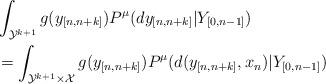
LaTeX: \begin{align*}&\int_{\mathcal{Y}^{k+1}}g(y_{[n,n+k]})P^{\mu}(dy_{[n,n+k]}|Y_{[0,n-1]}) \\&=\int_{\mathcal{Y}^{k+1}\times \mathcal{X}}g(y_{[n,n+k]})P^{\mu}(d(y_{[n,n+k]},x_{n})|Y_{[0,n-1]})\end{align*}